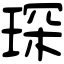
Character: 琛